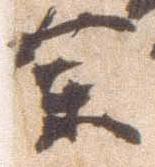
参